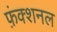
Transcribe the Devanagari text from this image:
फ़ंक्शनल